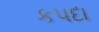
કપદા